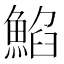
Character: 䱤